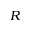
R